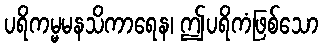
ပရိကမ္မမနသိကာရေန၊ ဤပရိကံဖြစ်သော